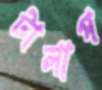
টালাপ